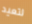
لتعيد